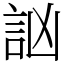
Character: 訩